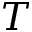
T